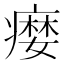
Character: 𤹴